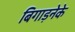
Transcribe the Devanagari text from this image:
बिगाड़नेके